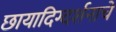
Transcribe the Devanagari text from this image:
छायादिग्दर्शनाचे